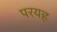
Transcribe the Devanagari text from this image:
परयह